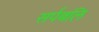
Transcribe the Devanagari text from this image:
सर्पबलि